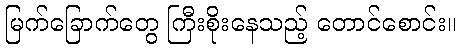
မြက်ခြောက်တွေ ကြီးစိုးနေသည့် တောင်စောင်း။